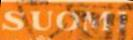
Suomi